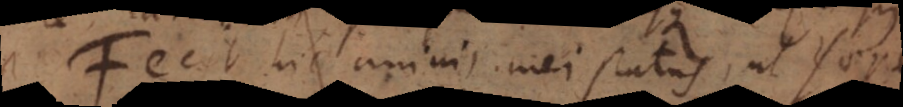
Fecit hic animi mei status, ut saepe